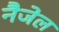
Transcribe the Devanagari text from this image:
नैजेल